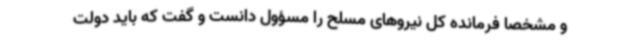
و مشخصا فرمانده کل نیروهای مسلح را مسؤول دانست و گفت که باید دولت